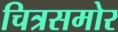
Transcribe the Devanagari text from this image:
चित्रसमोर